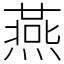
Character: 燕